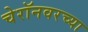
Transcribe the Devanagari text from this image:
चेरॉनवरच्या